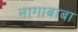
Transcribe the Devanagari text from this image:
नागाबाबा